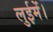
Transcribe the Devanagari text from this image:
लुईमें।